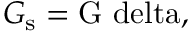
G \mathrm { _ s = G \ d e l t a , }